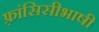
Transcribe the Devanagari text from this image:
फ़्रांसिसीभाषी